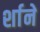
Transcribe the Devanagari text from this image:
र्शाने